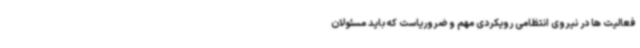
فعالیت ها در نیروی انتظامی رویکردی مهم و ضروریاست که باید مسئولان